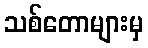
သစ်တောများမှ